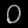
Digit: ၀